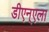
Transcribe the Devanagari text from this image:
डीएन्एला